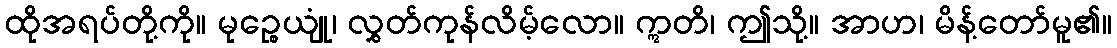
ထိုအရပ်တို့ကို။ မုဉ္စေယျုံ၊ လွှတ်ကုန်လိမ့်လော။ ဣတိ၊ ဤသို့။ အာဟ၊ မိန့်တော်မူ၏။